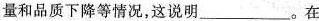
量和品质下降等情况，这说明_______。在